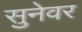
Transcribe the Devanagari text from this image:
सुनेवर